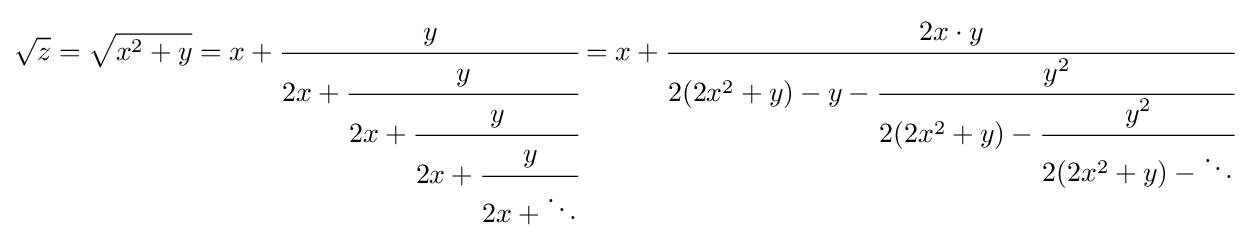
{\sqrt {z}}={\sqrt {x^{2}+y}}=x+{\cfrac {y}{2x+{\cfrac {y}{2x+{\cfrac {y}{2x+{\cfrac {y}{2x+\ddots }}}}}}}}=x+{\cfrac {2x\cdot y}{2(2x^{2}+y)-y-{\cfrac {y^{2}}{2(2x^{2}+y)-{\cfrac {y^{2}}{2(2x^{2}+y)-\ddots }}}}}}